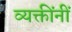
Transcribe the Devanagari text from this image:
व्यक्तींनीं